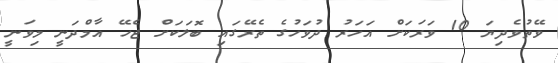
ވޭތުވެދިޔަ 10 ވަރަކަށް އަހަރު ދުވަހުގެ ތެރޭގައި ބޮލަކަށް ޖެހޭ އާމްދަނީ މިވަނީ